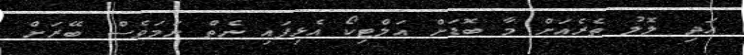
އަދި ލޮލު ތެރެއަށް މާ ބޮޑަށް އަލްޓިކޯ އެޅިފައި ނެތް ނަމަވެސް ބޭރަށް